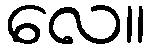
လေ။